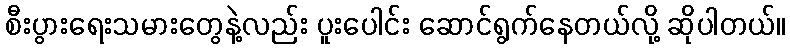
စီးပွားရေးသမားတွေနဲ့လည်း ပူးပေါင်း ဆောင်ရွက်နေတယ်လို့ ဆိုပါတယ်။